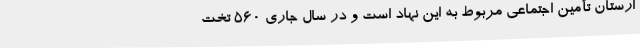
ارستان تأمین اجتماعی مربوط به این نهاد است و در سال جاری 560 تخت